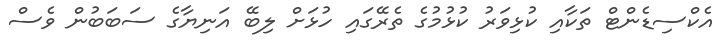
އެކްސިޑެންޓް ތަކާއި ކުޅިވަރު ކުޅުމުގެ ތެރޭގައި ހުޅަށް ލިބޭ އަނިޔާގެ ސަބަބުން ވެސް